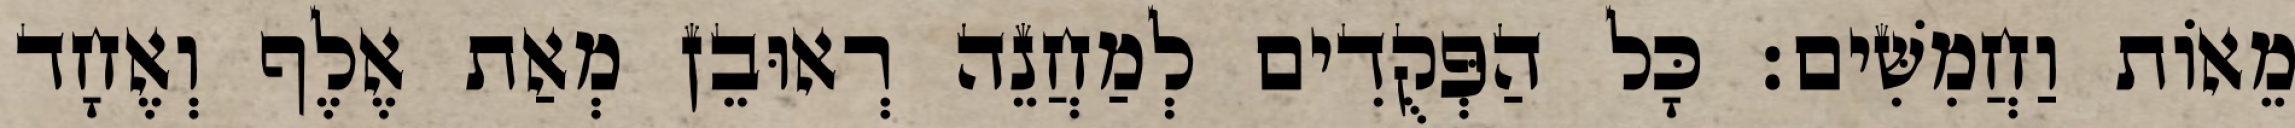
מֵאוֹת וַחֲמִשִּׁים׃ כָּל הַפְּקֻדִים לְמַחֲנֵה רְאוּבֵן מְאַת אֶלֶף וְאֶחָד